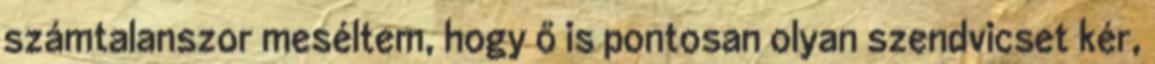
számtalanszor meséltem, hogy ő is pontosan olyan szendvicset kér,